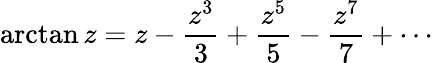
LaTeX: \arctan z=z-{\frac{z^{3}}{3}}+{\frac{z^{5}}{5}}-{\frac{z^{7}}{7}}+\cdots